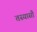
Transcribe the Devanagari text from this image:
तस्यासौ